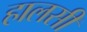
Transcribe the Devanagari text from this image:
हालसी